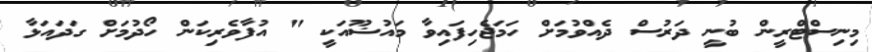
މިނިސްޓްރީން ބުނީ ދަރުސް ދެއްވުމަށް ހަމަޖެހިފައިވާ މައުޟޫއަކީ " އުފާވެރިކަން ހޯދުމަށް ގަދައަޅާ